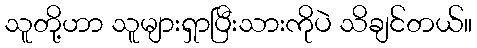
သူတို့ဟာ သူများရှာပြီးသားကိုပဲ သိချင်တယ်။